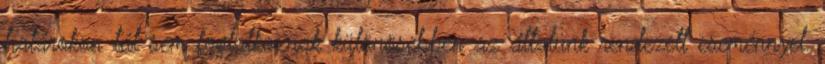
határokon túl sem foglalkoznak különösebben az általunk rendezett eseménnyel.